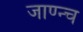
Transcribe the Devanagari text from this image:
जाण्न्च